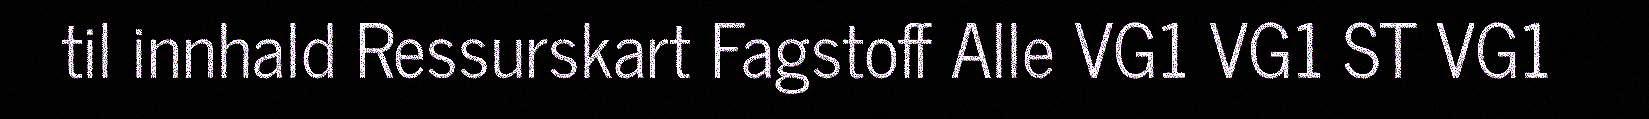
til innhald Ressurskart Fagstoff Alle VG1 VG1 ST VG1